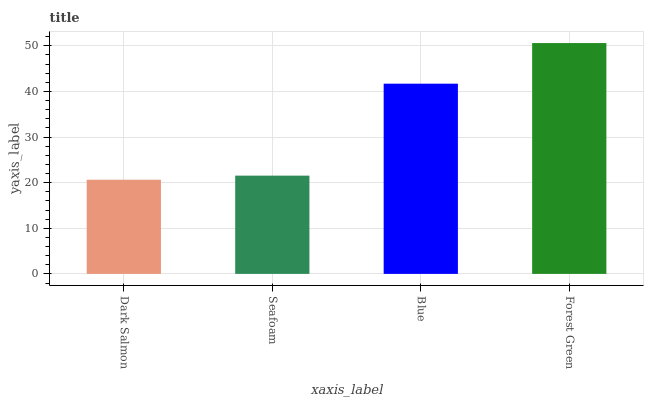
| xaxis_label | bars |
 | --- | --- |
 | Dark Salmon | 20.6 |
 | Seafoam | 21.5 |
 | Blue | 41.7 |
 | Forest Green | 50.6 |